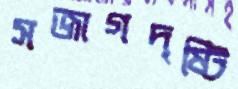
সজাগদৃষ্টি